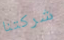
شركتنا